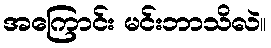
အကြောင်း မင်းဘာသိလဲ။